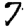
Digit: 7